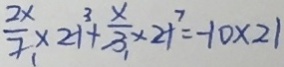
\frac { 2 x } { 7 } \times 2 1 + \frac { x } { 3 } \times 2 1 = - 1 0 \times 2 1